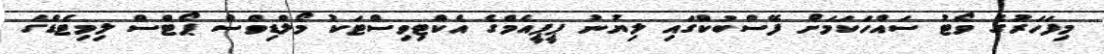
މިފަހަރުގެ ވޯޓު ސައްހަކަމަށް ފޭސްބުކްގައި ލިޔުނު ޕީޕީއެމްގެ އެކްޓިވިސްޓަކު މޯލްޑިވްސް ޕޯޓްސް ލިމިޓެޑްގެ